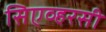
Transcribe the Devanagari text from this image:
सिएव्हरसी